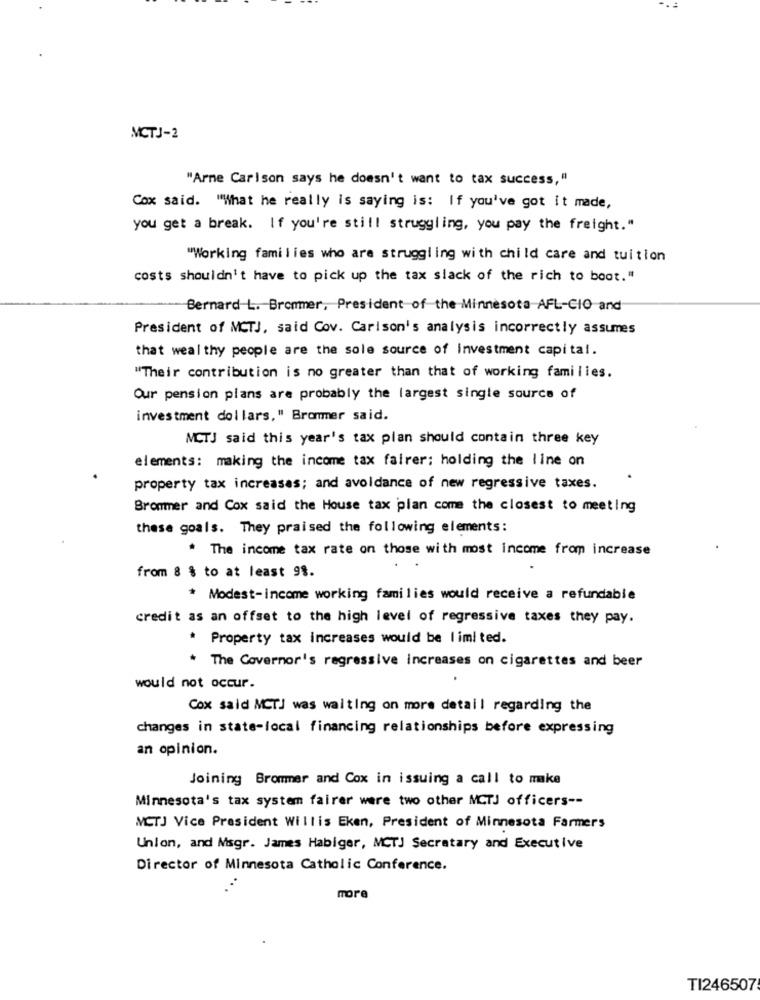
MCTJ-2
"Arme Carlson says he doesn't want to tax success,"
Cox said. "What he really is saying is: If you've got it made,
you get a break. If you're still struggling, you pay the freight."
"Working families who are struggling with child care and tuition
costs shouldn't have to pick up the tax slack of the rich to boot."
Bernard L. Brommer, President of the Minnesota AFL-CIO and
President of MCTJ, said Cov. Carison's analysis incorrectly assumes
that weal thy people are the sole source of investment capital.
"Their contribution is no greater than that of working families.
Our pension plans are probably the largest single source of
investment dollars," Brommer said.
MCTJ said this year's tax plan should contain three key
elements: making the income tax fairer: holding the line on
property tax increases; and avoidance of new regressive taxes.
Brommer and Cox said the House tax plan come the closest to meeting
these goals. They praised the following elements:
* The income tax rate on those with most income from increase
from 8 % to at least 98.
* Modest-income working families would receive a refundable
credit as an offset to the high level of regressive taxes they pay.
* Property tax increases would be limited.
* The Governor's regressive increases on cigarettes and beer
would not occur.
Cox said MCTJ was waiting on more detail regarding the
changes in state-local financing relationships before expressing
an opinion.
Joining Brommer and Cox in issuing a call to make
Minnesota's tax system fairer were two other MCTJ officers --
MCTJ Vice President Willis Eken, President of Minnesota Farmers
Union, and Msgr. James Habiger, MCTJ Secretary and Executive
Director of Minnesota Catholic Conference.
more
TI246507